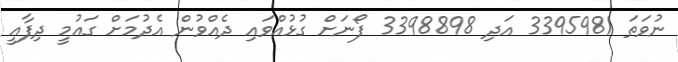
ނުވަތަ 3395981 އަދި 3398898 ފޯނަށް ގުޅުއްވައި ދެއްވުން އެދުމަށް ގައުމީ ދިފާއީ